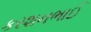
કરશનભાઈ